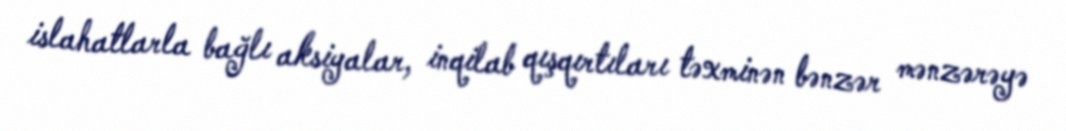
islahatlarla bağlı aksiyalar, inqilab qışqırtıları təxminən bənzər mənzərəyə